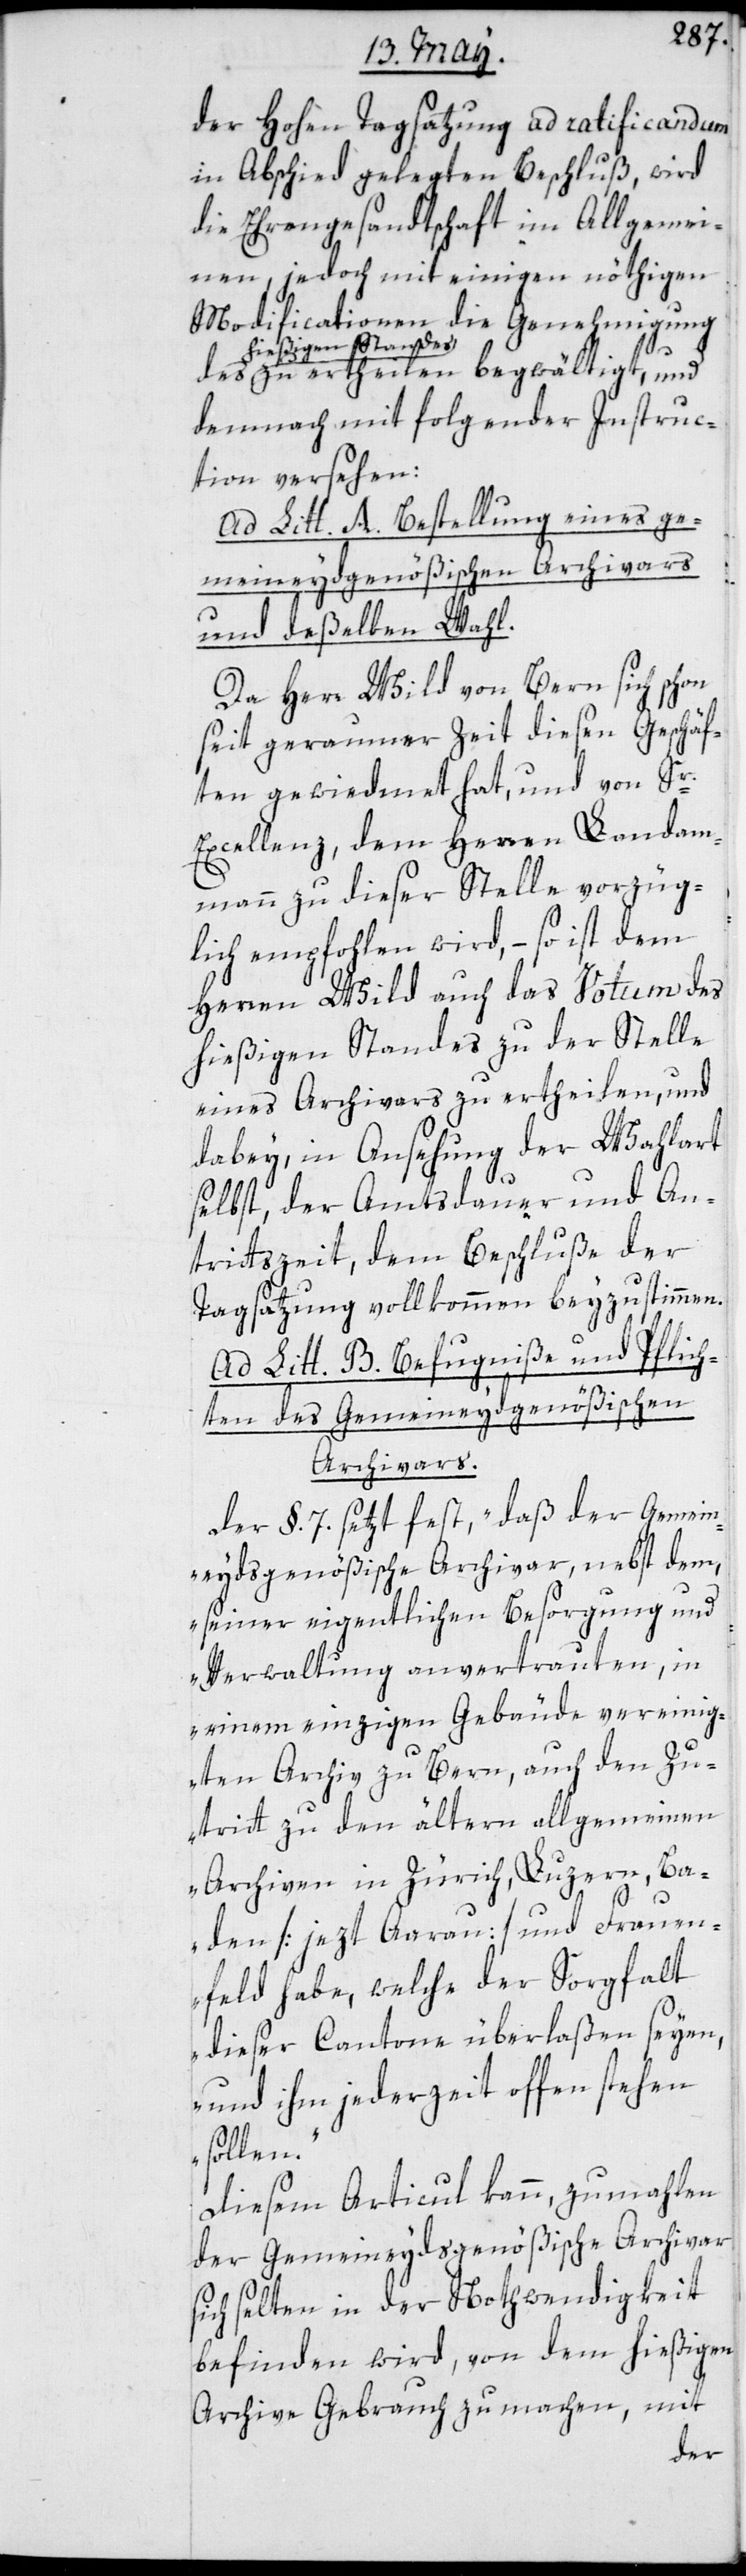
der Hohen Tagsatzung ad ratificandum
in Abschied gelegten Beschluß, wird
die Ehrengesandtschaft im Allgemei¬
nen, jedoch mit einigen nöthigen
Modificationen die Genehmigung
hießigen Stan¬
des zu ertheilen begwältigt, und
demnach mit folgender Instruc¬
tion versehen:
Ad Litt. A. Bestellung eines ge¬
meineydgenößischen Archivars
und deßelben Wahl.
Da Herr Wild von Bern sich schon
seit geraumer Zeit diesen Geschäf¬
ten gewiedmet hat, und von Sr.
Excellenz dem Herren Landam¬
mann zu dieser Stelle vorzüg¬
lich empfohlen wird, so ist dem
Herren Wild auch das Votum des
hießigen Standes zu der Stelle
eines Archivars zu ertheilen, und
dabey, in Ansehung der Wahlart
selbst, der Amtsdauer und An¬
trittszeit, dem Beschluße der
Tagsatzung vollkommen beyzustimmen.
Ad Litt. B: Befugniße und Pflich¬
ten des Gemeineidgenößischen
Archivars.
Der §. 7. sezt fest, „daß der Gemein¬
eydsgenößische Archivar nebst dem,
seiner eigentlichen Besorgung und
Verwaltung anvertrauten, in
einem einzigen Gebäude vereinig¬
ten Archiv zu Bern, auch den Zu¬
tritt zu den ältern allgemeinen
Archiven in Zürich, Luzern, Ba¬
den [jetzt Aarau] und Frauen¬
feld habe, welche der Sorgfalt
dieser Cantone überlaßen seyen,
und ihm jederzeit offen stehen
sollen“.
Diesem Articul kann, zumahlen
der Gemeineydsgenößische Archivar
selten in der Nothwendigkeit
befinden wird, von dem hießigen
Archive Gebrauch zu machen, mit